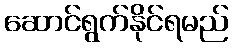
ဆောင်ရွက်နိုင်ရမည်